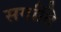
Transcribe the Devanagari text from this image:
सर्गादि